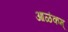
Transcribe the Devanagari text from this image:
आळंकम्